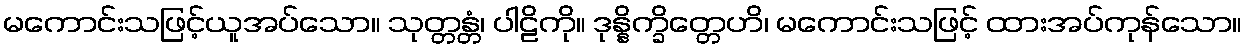
မကောင်းသဖြင့်ယူအပ်သော။ သုတ္တန္တံ၊ ပါဠိကို။ ဒုန္နိက္ခိတ္တေဟိ၊ မကောင်းသဖြင့် ထားအပ်ကုန်သော။